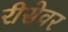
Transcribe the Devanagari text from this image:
रीसेवर